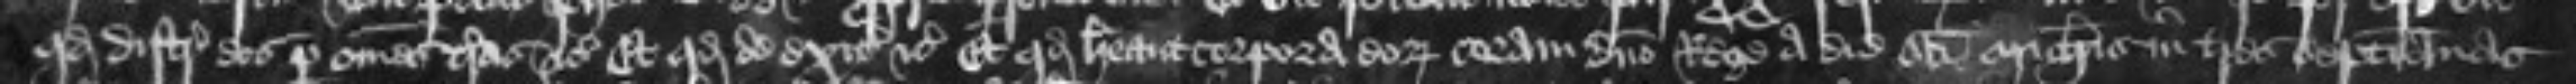
quod distringant eos per omnes terras etc Et quod de exitibus etc Et quod habeant corpora eorum coram domino Rege a die sancti Michaelis in tres septimanas